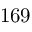
1 6 9